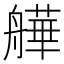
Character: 𦪠